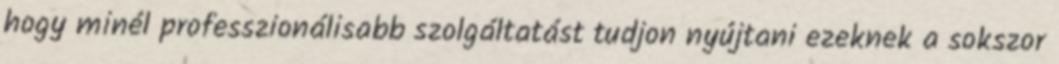
hogy minél professzionálisabb szolgáltatást tudjon nyújtani ezeknek a sokszor